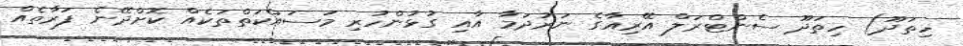
ހިތަދޫ) ހިތަދޫ ސެންޓްރަލް އޭރިއާގެ ނަރުދަމާ އާއި ގުުޅުންހުރި މަސައްކަތްތަކެއް ކޮށްދޭނެ ފަރާތެއް